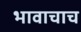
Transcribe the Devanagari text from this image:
भावाचाच